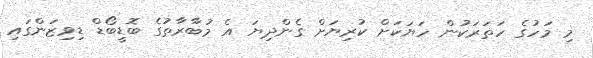
މި މަހުގެ ހަތަރަކުން ހަޔަކަށް ކުރިޔަށް ގެންދިޔަ އެ މުބާރާތުގެ ބޮޑީބޯޑް ޑިވިޒަންގައި